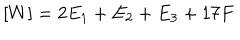
[ W ] = 2 E _ { 1 } + E _ { 2 } + E _ { 3 } + 1 7 F